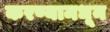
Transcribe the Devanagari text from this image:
करण्यामधून